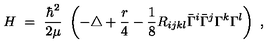
H \ = \ \frac { \hbar ^ { 2 } } { 2 \mu } \ \left( - \triangle + \frac r 4 - \frac 1 8 R _ { i j k l } \bar { \Gamma } ^ { i } \bar { \Gamma } ^ { j } \Gamma ^ { k } \Gamma ^ { l } \right) \ ,